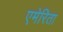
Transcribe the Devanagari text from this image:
एमेरिता